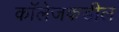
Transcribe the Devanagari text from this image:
कॉलेजकडील